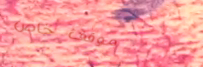
موقف خاص